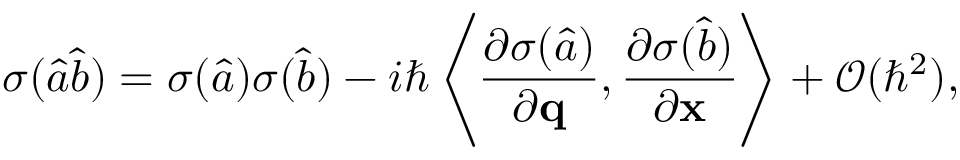
\sigma ( \hat { a } \hat { b } ) = \sigma ( \hat { a } ) \sigma ( \hat { b } ) - i \hbar \left\langle \frac { \partial \sigma ( \hat { a } ) } { \partial \mathbf { q } } , \frac { \partial \sigma ( \hat { b } ) } { \partial \mathbf { x } } \right\rangle + \mathcal { O } ( \hbar ^ { 2 } ) ,